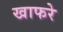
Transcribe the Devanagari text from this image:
खाफरे